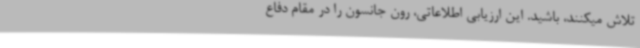
تلاش میکنند، باشید. این ارزیابی اطلاعاتی، رون جانسون را در مقام دفاع